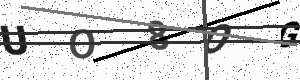
Text: UO8OG